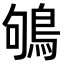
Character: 鴝